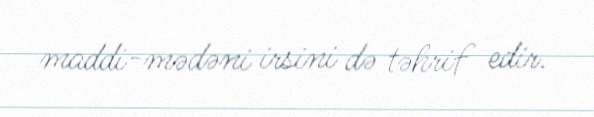
maddi-mədəni irsini də təhrif edir.